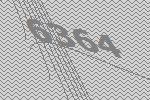
6364